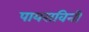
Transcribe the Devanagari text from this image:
पायसविनी